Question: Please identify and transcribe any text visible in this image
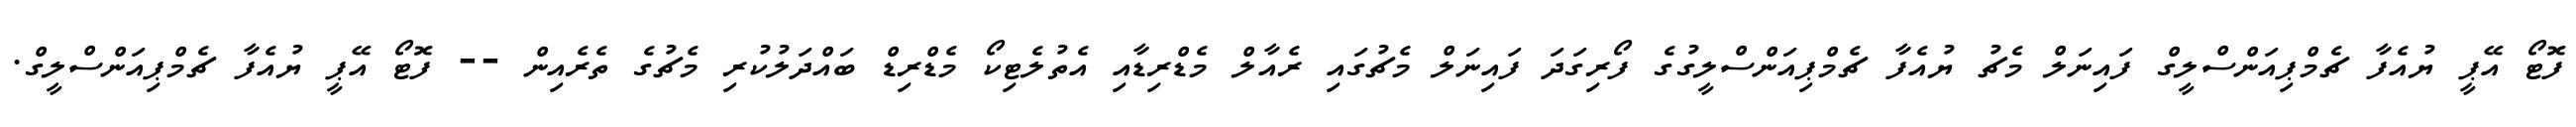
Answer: ފޮޓޯ އޭޕީ ޔުއެފާ ޗެމްޕިއަންސްލީގް ފައިނަލް މެޗު ޔުއެފާ ޗެމްޕިއަންސްލީގުގެ ފޯރިގަދަ ފައިނަލް މެޗުގައި ރެއާލް މެޑްރިޑާއި އެތުލެޓިކޯ މެޑްރިޑް ބައްދަލުކުރި މެޗުގެ ތެރެއިން -- ފޮޓޯ އޭޕީ ޔުއެފާ ޗެމްޕިއަންސްލީގް.